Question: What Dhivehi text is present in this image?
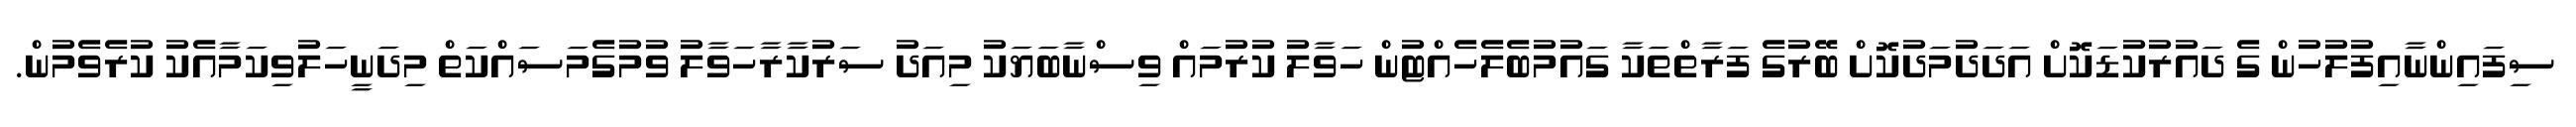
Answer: ސިފައިންނާއިފުލުހުން ގެ ދައުރުކުޑަކޮށް އަދަދުމަދުކޮށް ބޭރުގެ ފަރާތްތަކާ ގައުމުބެލެހެއްޓުން ހަވާލު ކުރުމައް ވިސްނާބަޔަކު މިއަދު ސަރުކާރާހަވާލު ވުމުގެމަސައްކަތް މިދަނީހަލުވިކަމާއެކު ކުރެވެމުން.